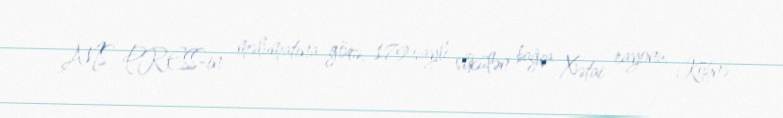
ANS PRESS-in məlumatına görə, 179 saylı sökülən bağça Xətai rayonu, Köhnə